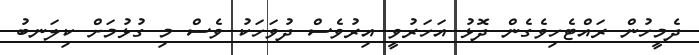
ދެމީހުން ރައްޓެހިވެގެން ދޮޅު އަހަރުވީ އިރުވެސް ދުވަހަކު ވެސް މި ގުޅުމަށް ކިލަނބު